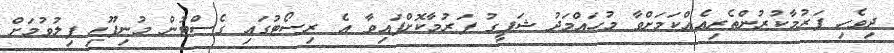
ދިވެހި ފަރުމާކުރުންތެރިއެއްކަމަށްވާ މުހައްމަދު ޝަފީގު ފަރުމާކޮށްފައިވާ އެ ރިސޯޓުގައި ގެސްޓުން މުނިފޫހި ފިލުވުމަށް